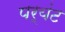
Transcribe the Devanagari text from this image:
पर्यंट